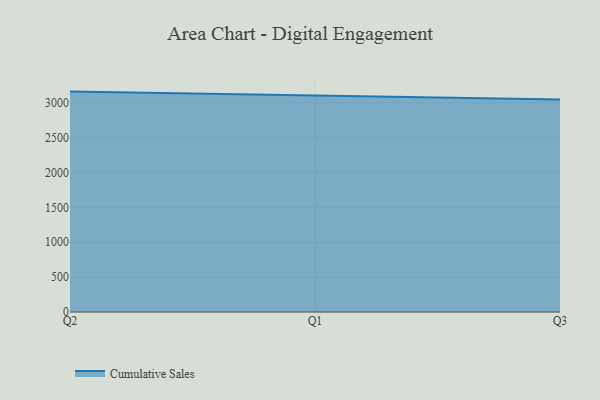
{"axis": {"x": "Quarter", "y": "Operating Costs (USD K)"}, "legend": ["Cumulative Sales"], "data": [{"x": "Q2", "y": 3160.5, "type": "Cumulative Sales"}, {"x": "Q1", "y": 3105.4, "type": "Cumulative Sales"}, {"x": "Q3", "y": 3046.2, "type": "Cumulative Sales"}]}